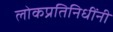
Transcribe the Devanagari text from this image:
लोकप्रतिनिधींनी